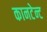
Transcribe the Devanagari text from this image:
कानटेन्‍ट